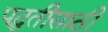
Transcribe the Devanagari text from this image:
पद्धतीसाठी